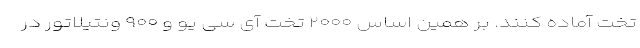
تخت آماده کنند. بر همین اساس ۲۰۰۰ تخت آی سی یو و ۹۰۰ ونتیلاتور در